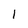
Character: l